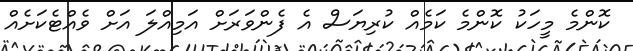
ކޮންމެ މީހަކު ކޮންމެ ކަމެއް ކުރިޔަސް އެ ފެންވަރަށް އަމިއްލަ އަށް ވެއްޓެކަށެއް